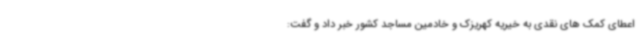
اعطای کمک های نقدی به خیریه کهریزک و خادمین مساجد کشور خبر داد و گفت: